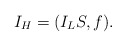
\begin{align*}I_H= (I_L S , f).\end{align*}